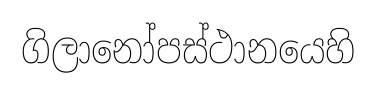
ගිලානෝපස්ථානයෙහි